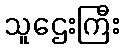
သူဌေးကြီး